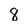
Character: 8